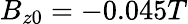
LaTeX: B_{z0}=-0.045T